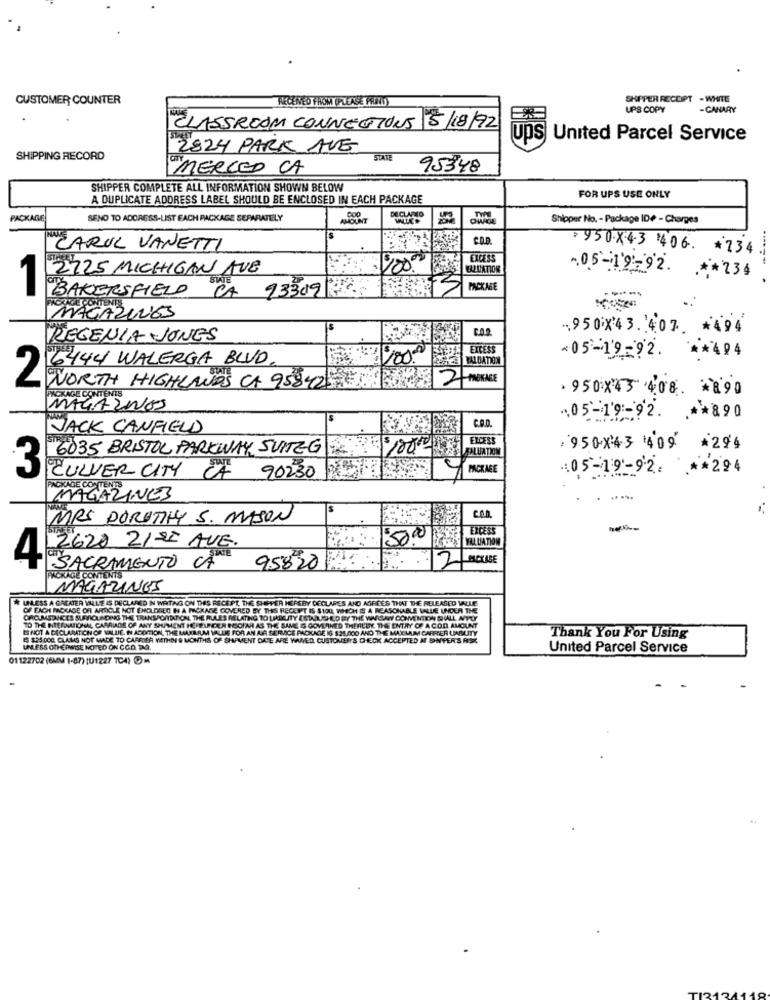
CUSTOMER COUNTER
NECENED FROM (PLEASE PREND
SHIPPER RECEIPT - WHITE
UPS COPY
-CANARY
CLASSROOM CONNECTIONS 5/18/92
ups
United Parcel Service
2824 PARK AVE
SHIPPING RECORD
STATE
MERCED CA
95348
SHIPPER COMPLETE ALL INFORMATION SHOWN BELOW
A DUPLICATE ADDRESS LABEL SHOULD BE ENCLOSED IN EACH PACKAGE
FOR UPS USE ONLY
PACKAGE
SEND TO ADDRESS-LIST EACH PACKAGE SEPARATELY
DECLARO
Shipper No. - Package IDP - Charges
CO.D.
CARIL VANETTI
2950X4.3 406. * 734
EXCESS
2225 MICHIGAN AVB
RAULCATION
05-19-92.
SWIE
.** 234
BAKERSFIELD
CA 23309
PACKAGE
AGAZINES
950X43. 407 *494
REGENIA -JONES
EXCESS
** 404
6444 WALERGA BLUD
BALDATION
05-19-92.
2
NORTH HIGHLANDS CA 9584251 2 MOKAGE
PACKAGE CONTENTS
. 950×43 408 *** 90
MAGAZINES
05-19-92. .** 890
JACK CANFIELD
C.D.
EXCESS
6035 BRISTOL PARKWAY SUITEGE$1000
PALUATION
, 95 0 X4.3 409
*294
3
PACKAGE
05-19-92.
*** 294
CULVER CITY CA 90230
MAGAZINES
MRS DOROTHY S. MASON
CO.a.
EXCESS
---
2620 21 -22 AVE.
50.00
VALUATION
2
4
SACRAMENTO CA 95820
NONANGE CONTENTS
MAGAZINES
UNLESS A GREATER VAILLE IS DECLARED IN WRITING ON DES RECEPT THE SHIPPER HEREBY DECLARES AND AGREES THAT THE RELEASED VALLE
OF EACH PACKAGE OFF ARTICLE NOT ENCLOSED IN A PACKAGE COVERED BY THIS RECEIPT IS SI00, WHICH IS A REASONABLE VALUE UNDER THE
CIRCUMSTANCES SURROUNDING THE TRANSPORTATION, THE RULES RELATING TO LABILITY ESTOUIGHED BY THE WALLWY CONVENTION DIALL APPLY
TO THE NITERNATIONAL CARRIAGE OF ANY SHAMENT HEFELINDER HOORN AS THE SAME IS GOVERNED THERILEY THE ENTRY OF A COD AMOUNT
IS NOT A DECLARATION OF VALUE. IN ADOPTION, THE MARBLELA VALUE FOR AN AIR SERVICE PACKAGE IS $26,000 AND THE MAICLAIM CARFER LINTY
5 $35.000 CLAIMS NOT MADE TO CARRIER WITHIN & MONTHS OF SHIPMENT DATE ARE WIED, CUSTOMERS CHECK ACCEPTED AF SINTER'S FISK
Thank You For Using
UNLESS OTHERWISE NOTED ON CO.D. TAG.
United Parcel Service
01122702 (6MM 1-87) (U1227 7CA) Om